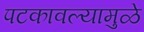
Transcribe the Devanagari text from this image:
पटकावल्यामुळे